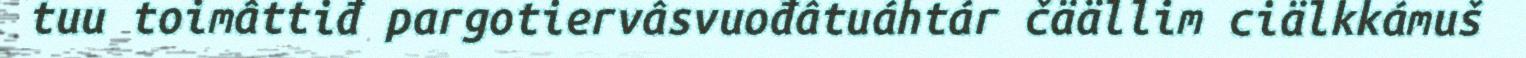
tuu toimâttiđ pargotiervâsvuođâtuáhtár čäällim ciälkkámuš